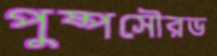
পুষ্পসৌরভ